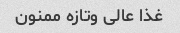
غذا عالی وتازه ممنون